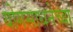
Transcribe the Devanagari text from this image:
योगसाधनेच्या